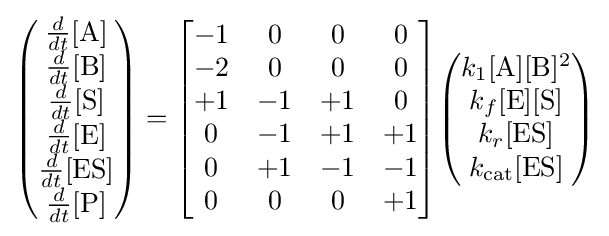
{\begin{pmatrix}{\frac {d}{dt}}[{\ce {A}}]\\{\frac {d}{dt}}[{\ce {B}}]\\{\frac {d}{dt}}[{\ce {S}}]\\{\frac {d}{dt}}[{\ce {E}}]\\{\frac {d}{dt}}[{\ce {ES}}]\\{\frac {d}{dt}}[{\ce {P}}]\end{pmatrix}}={\begin{bmatrix}-1&0&0&0\\-2&0&0&0\\+1&-1&+1&0\\0&-1&+1&+1\\0&+1&-1&-1\\0&0&0&+1\end{bmatrix}}{\begin{pmatrix}k_{1}[{\ce {A}}][{\ce {B}}]^{2}\\k_{f}[{\ce {E}}][{\ce {S}}]\\k_{r}[{\ce {ES}}]\\k_{\ce {cat}}[{\ce {ES}}]\end{pmatrix}}